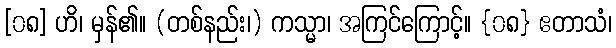
[၀၈] ဟိ၊ မှန်၏။ (တစ်နည်း၊) ကသ္မာ၊ အကြင်ကြောင့်။ {၀၈} ဧတာသံ၊